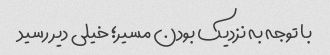
با توجه به نزدیک بودن مسیر؛ خیلی دیر رسید